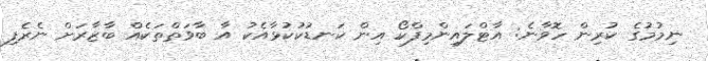
ނިމުމުގެ ކުރިން ހޮވާނެ: އާޓްލައިންމިފްކޯ އިން ކަނޑުކުކުޅާއެކު އާ ބާވަތްތަކެއް ބާޒާރަށް ނެރެފި